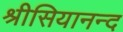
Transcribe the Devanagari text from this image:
श्रीसियानन्द